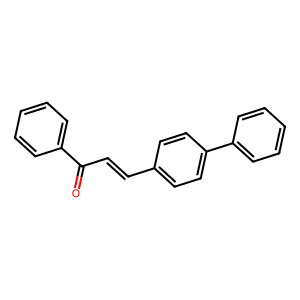
SMILES: O=C(C=Cc1ccc(-c2ccccc2)cc1)c1ccccc1
Inhibits HIV replication: No